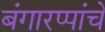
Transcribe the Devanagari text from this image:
बंगारप्पांचे